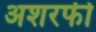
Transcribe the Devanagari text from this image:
अशरफी